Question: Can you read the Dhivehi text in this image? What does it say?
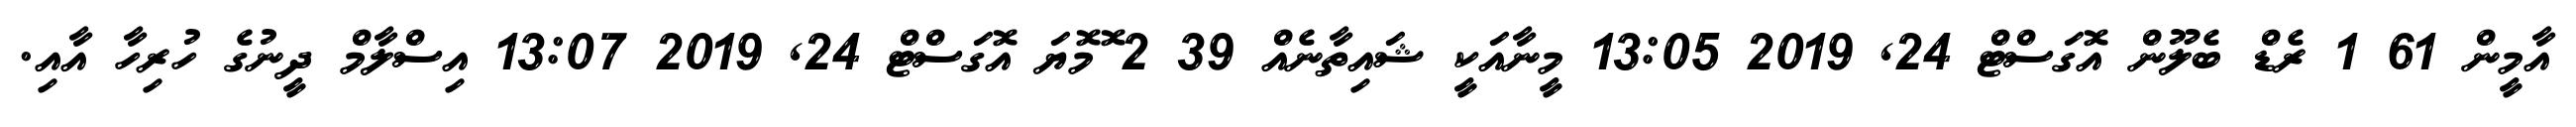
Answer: އާމީން 61 1 ރެޑް ބެލޫން އޮގަސްޓް 24, 2019 13:05 މީނާއަކީ ޝައިތާނެއް 39 2 ޮމޮޔަ އޮގަސްޓް 24, 2019 13:07 އިސްލާމް ދީނުގެ ހުރިހާ އާއި.